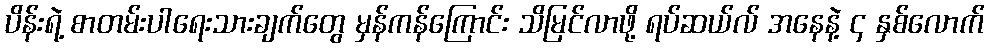
ပိန်းရဲ့ စာတမ်းပါရေးသားချက်တွေ မှန်ကန်ကြောင်း သိမြင်လာဖို့ ရပ်ဆယ်လ် အနေနဲ့ ၄ နှစ်လောက်